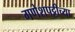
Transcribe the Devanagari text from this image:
गणेशपट्टीच्या